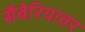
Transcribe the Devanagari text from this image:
सैबेरियावर